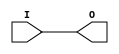
module IBUF_LVCMOS18 (O, I);

    output O;

    input  I;

	buf B1 (O, I);


endmodule